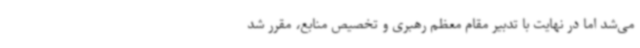
می‌شد اما در نهایت با تدبیر مقام معظم رهبری و تخصیص منابع، مقرر شد